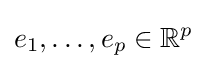
e_{1},\dots ,e_{p}\in \mathbb {R} ^{p}